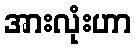
အားလုံးဟာ